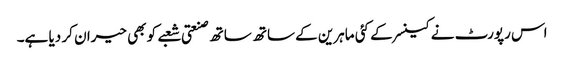
اس رپورٹ نے کینسر کے کئی ماہرین کے ساتھ ساتھ صنعتی شعبے کو بھی حیران کر دیا ہے۔